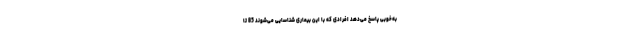
به‌خوبی پاسخ می­دهد افرادی که با این بیماری شناسایی می‌شوند 85 تا